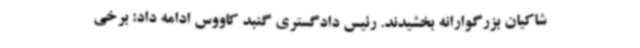
شاکیان بزرگوارانه بخشیدند. رئیس دادگستری گنبد کاووس ادامه داد: برخی